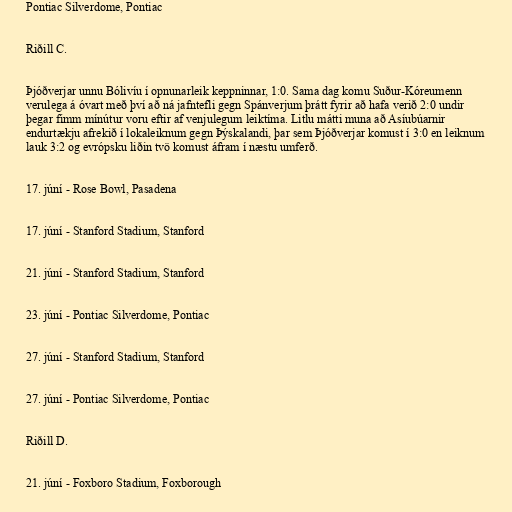
Pontiac Silverdome, Pontiac

Riðill C.

Þjóðverjar unnu Bólivíu í opnunarleik keppninnar, 1:0. Sama dag komu Suður-Kóreumenn
verulega á óvart með því að ná jafntefli gegn Spánverjum þrátt fyrir að hafa verið 2:0 undir
þegar fimm mínútur voru eftir af venjulegum leiktíma. Litlu mátti muna að Asíubúarnir
endurtækju afrekið í lokaleiknum gegn Þýskalandi, þar sem Þjóðverjar komust í 3:0 en leiknum
lauk 3:2 og evrópsku liðin tvö komust áfram í næstu umferð.

17. júní - Rose Bowl, Pasadena

17. júní - Stanford Stadium, Stanford

21. júní - Stanford Stadium, Stanford

23. júní - Pontiac Silverdome, Pontiac

27. júní - Stanford Stadium, Stanford

27. júní - Pontiac Silverdome, Pontiac

Riðill D.

21. júní - Foxboro Stadium, Foxborough